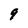
Character: 9